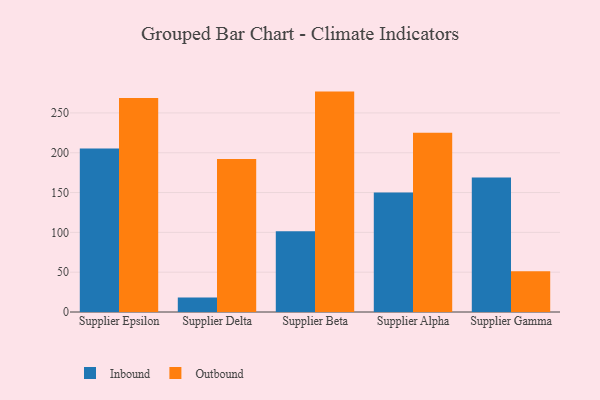
{"axis": {"x": "Supplier", "y": "Demand Index"}, "legend": ["Inbound", "Outbound"], "data": [{"x": "Supplier Epsilon", "y": 205.3, "type": "Inbound"}, {"x": "Supplier Epsilon", "y": 268.9, "type": "Outbound"}, {"x": "Supplier Delta", "y": 18.3, "type": "Inbound"}, {"x": "Supplier Delta", "y": 192.3, "type": "Outbound"}, {"x": "Supplier Beta", "y": 101.5, "type": "Inbound"}, {"x": "Supplier Beta", "y": 276.8, "type": "Outbound"}, {"x": "Supplier Alpha", "y": 150.0, "type": "Inbound"}, {"x": "Supplier Alpha", "y": 225.0, "type": "Outbound"}, {"x": "Supplier Gamma", "y": 168.8, "type": "Inbound"}, {"x": "Supplier Gamma", "y": 51.1, "type": "Outbound"}]}